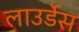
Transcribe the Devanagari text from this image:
लाउर्डेस